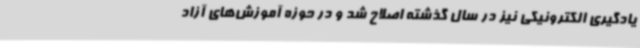
یادگیری الکترونیکی نیز در سال گذشته اصلاح شد و در حوزه آموزش‌های آزاد